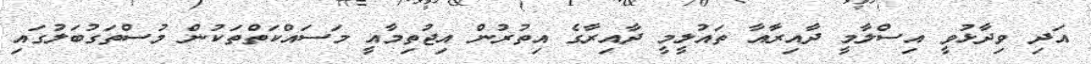
އަދި ވިދާޅުވީ އިސްލާމީ ދާއިރާއާ ތައުލީމީ ދާއިރާގެ އިތުރުން އިޖުތިމާއީ މަސައްކަތްތަކުން މުސްތަގުބަލުގައި